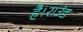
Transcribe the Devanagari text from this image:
है।राउंड